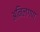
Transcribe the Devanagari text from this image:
अनिलगण